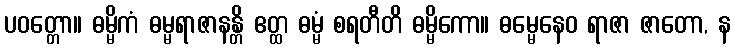
ပဝတ္တော။ ဓမ္မိကံ ဓမ္မရာဇာနန္တိ ဧတ္ထ ဓမ္မံ စရတီတိ ဓမ္မိကော။ ဓမ္မေနေဝ ရာဇာ ဇာတော, န